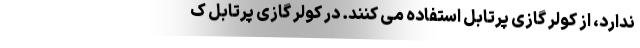
ندارد، از کولر گازی پرتابل استفاده می کنند. در کولر گازی پرتابل ک